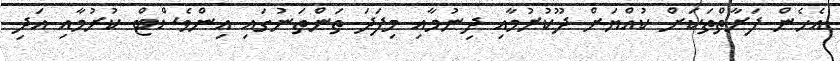
އެހެން ފަރާތްތަކަށް ކުއްޔަށް ދޫކުރުމާއި ދިނުމާއި މިފަދަ ތަންތަނުގައި އިންވެސްޓް ކުރުމާއި އަދި